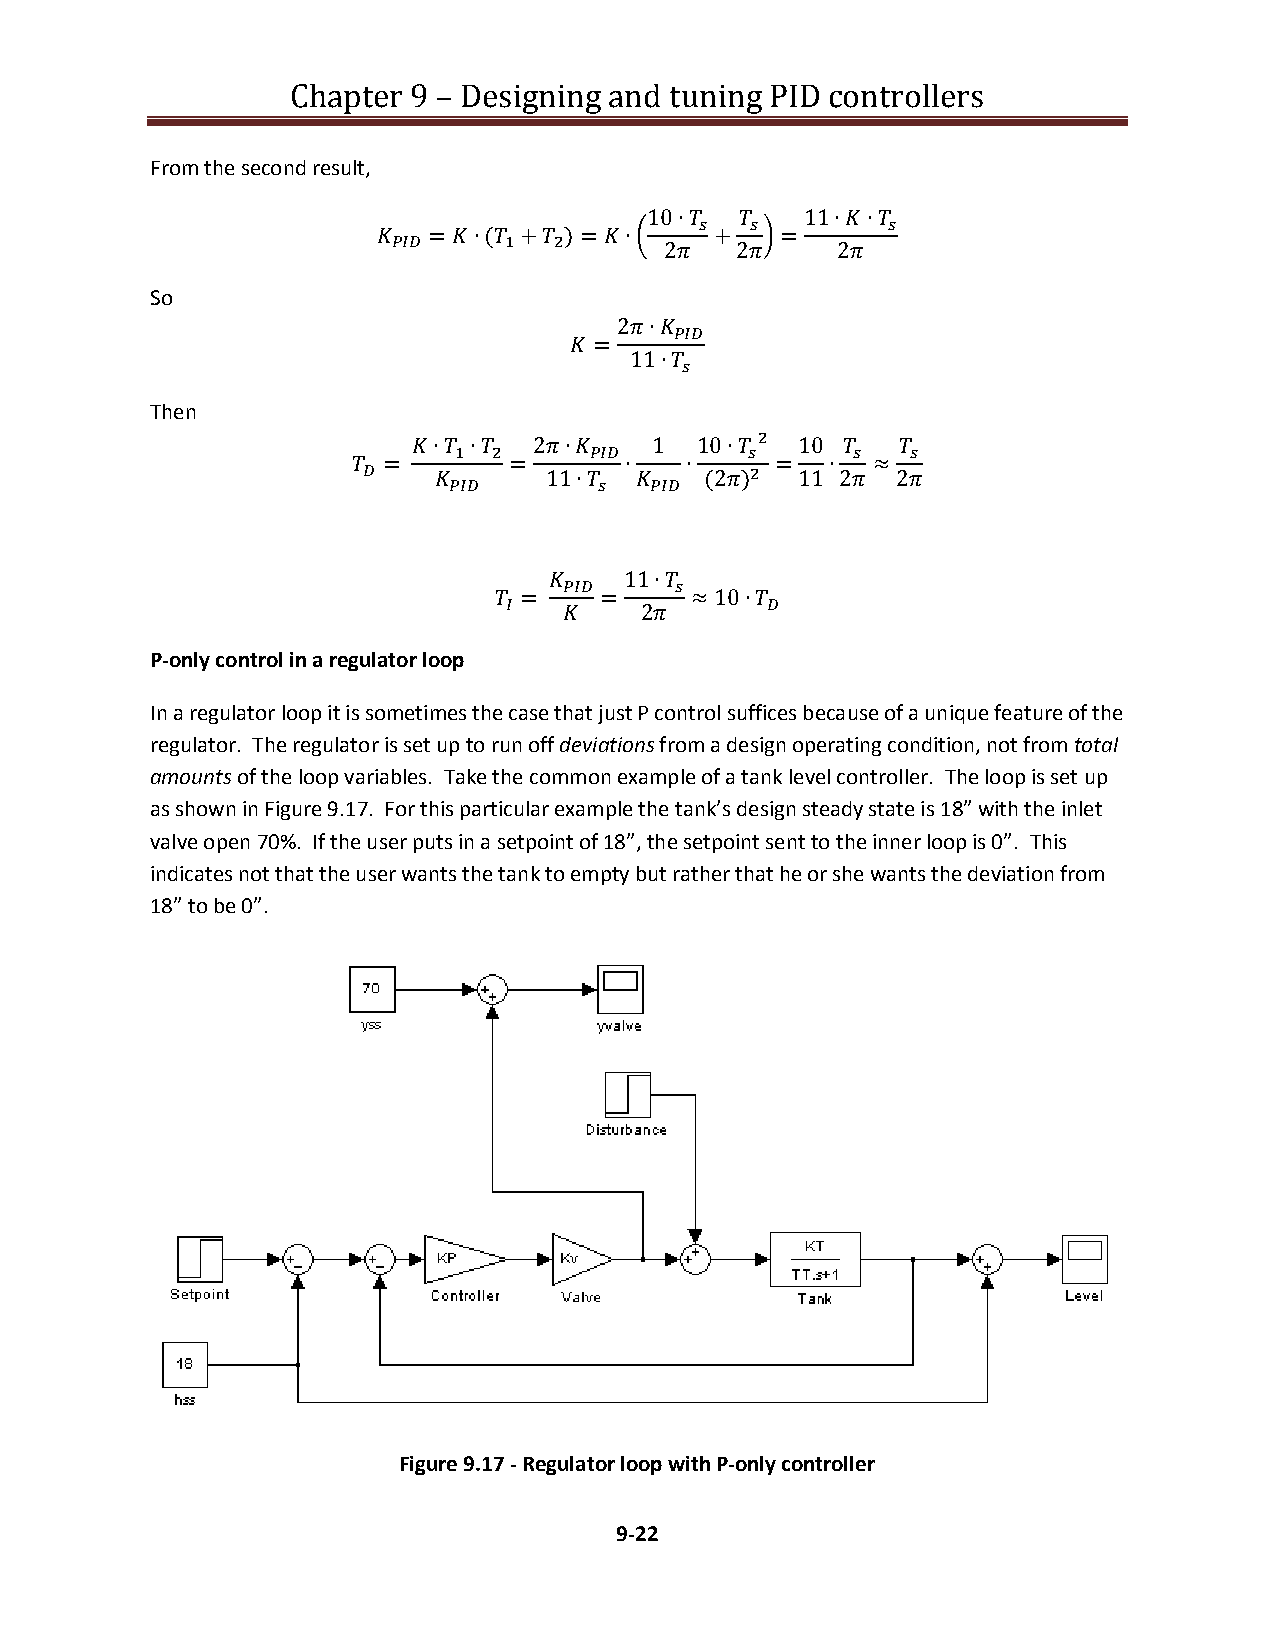
Chapter 9 – Designing and tuning PID controllers
 From the second result,
 10∙     11∙∙

   = ∙( + )= ∙   +   =
              2   2    2
 So
 2∙

  =
 11∙

 Then
 ∙ ∙  2∙    1  10∙  10

  =        =      ∙   ∙     =   ∙  ≈
           11∙      (2) 11 2 2

     11∙

  =    =     ≈ 10∙
       2
 P-only control in a regulator loop
 In a regulator loop it is sometimes the case that just P control suffices because of a unique feature of the
 regulator. The regulator is set up to run off deviations from a design operating condition, not from total
 amounts of the loop variables. Take the common example of a tank level controller. The loop is set up
 as shown in Figure 9.17. For this particular example the tank’s design steady state is 18” with the inlet
 valve open 70%. If the user puts in a setpoint of 18”, the setpoint sent to the inner loop is 0”. This
 indicates not that the user wants the tank to empty but rather that he or she wants the deviation from
 18” to be 0”.
 Figure 9.17 - Regulator loop with P-only controller
 9-22